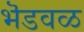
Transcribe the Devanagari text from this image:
भॆडवळ